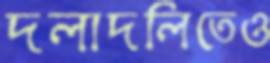
দলাদলিতেও